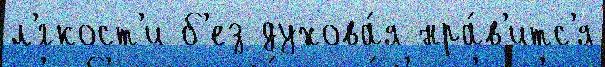
л'́гкост'и б'ез духова́я нра́в'итс'я